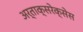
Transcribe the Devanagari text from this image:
अर्ताक्सरेक्सेस